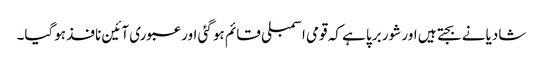
شادیانے بجتے ہیں اور شور برپا ہے کہ قومی اسمبلی قائم ہو گئی اور عبوری آئین نافذ ہوگیا۔